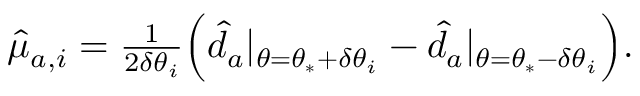
\begin{array} { r } { \hat { \mu } _ { a , i } = \frac { 1 } { 2 \delta \theta _ { i } } \Big ( \hat { d } _ { a } | _ { \theta = \theta _ { * } + \delta \theta _ { i } } - \hat { d } _ { a } | _ { \theta = \theta _ { * } - \delta \theta _ { i } } \Big ) . } \end{array}